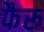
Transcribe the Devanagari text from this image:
फैरू